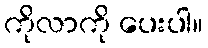
ကိုလာကို ပေးပါ။